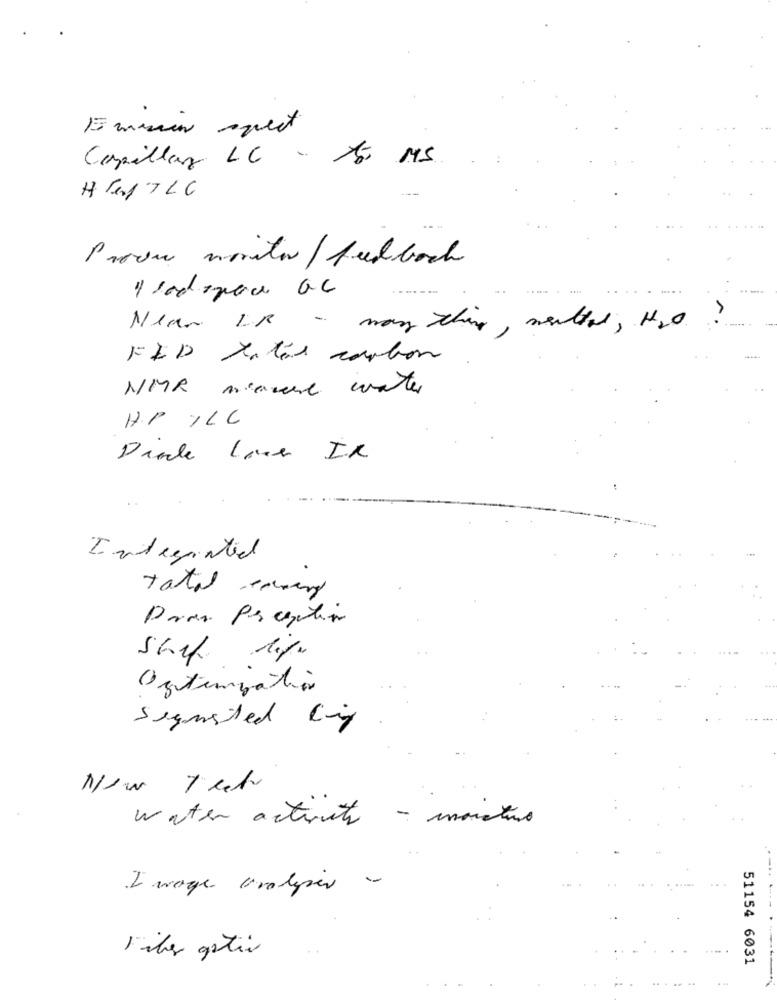
Emmin spett
Capillas LC
15, MS
H Tej TLC
Prova monitor/ feedback
------
Near
FED Yates carbon
NMR move water
HP ILC
Integrated
Total energy
Pra Perception
Optimization
segunsted King
New Tech
water activity - monsters
I wage analyser -
Files getir
51154 6031